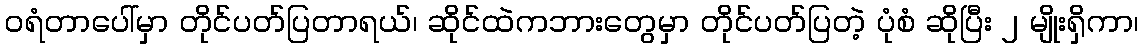
ဝရံတာပေါ်မှာ တိုင်ပတ်ပြတာရယ်၊ ဆိုင်ထဲကဘားတွေမှာ တိုင်ပတ်ပြတဲ့ ပုံစံ ဆိုပြီး ၂ မျိုးရှိကာ၊